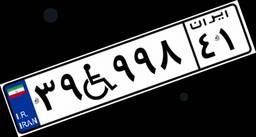
۰۸W۹۲۵۴۲